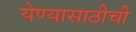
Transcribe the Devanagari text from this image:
येण्यासाठीची